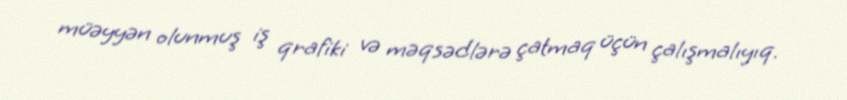
müəyyən olunmuş iş qrafiki və məqsədlərə çatmaq üçün çalışmalıyıq.